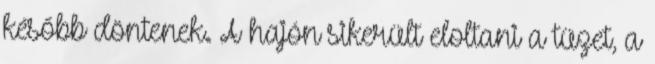
később döntenek. A hajón sikerült eloltani a tüzet, a